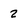
Character: 2